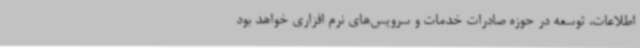
اطلاعات، توسعه در حوزه صادرات خدمات و سرویس‌های نرم افزاری خواهد بود